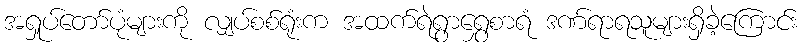
အရှုပ်တော်ပုံများကို လျှပ်စစ်ရုံးက အထက်ရဲရွာရွှေစာရံ ဒဏ်ရာရသူများရှိခဲ့ကြောင်း